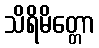
သိရိမိတ္တော